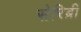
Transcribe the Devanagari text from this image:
सेरिब्री